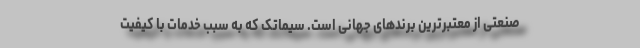
صنعتی از معتبرترین برندهای جهانی است. سیماتک که به سبب خدمات با کیفیت